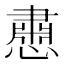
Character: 𪬵